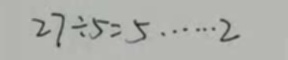
2 7 \div 5 = 5 \dot s \dot s 2